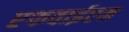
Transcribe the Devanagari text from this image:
एफवाईएम